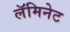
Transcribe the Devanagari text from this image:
लॅमिनेट